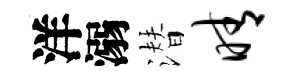
洋溺潜晴